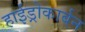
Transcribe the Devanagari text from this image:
हाईड्रोकार्बन